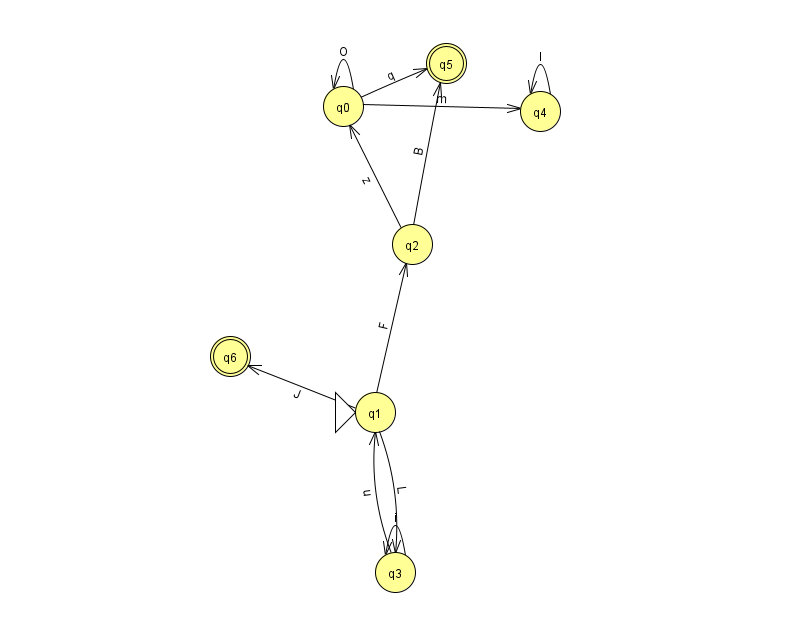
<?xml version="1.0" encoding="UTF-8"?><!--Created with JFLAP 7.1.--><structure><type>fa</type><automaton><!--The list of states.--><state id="0" name="q0"><x>343.0</x><y>93.0</y></state><state id="1" name="q1"><x>375.0</x><y>399.0</y><initial/></state><state id="2" name="q2"><x>412.0</x><y>231.0</y></state><state id="3" name="q3"><x>395.0</x><y>559.0</y></state><state id="4" name="q4"><x>540.0</x><y>98.0</y></state><state id="5" name="q5"><x>446.0</x><y>50.0</y><final/></state><state id="6" name="q6"><x>230.0</x><y>343.0</y><final/></state><!--The list of transitions.--><transition><from>1</from><to>2</to><read>F</read></transition><transition><from>2</from><to>5</to><read>B</read></transition><transition><from>3</from><to>1</to><read>u</read></transition><transition><from>2</from><to>0</to><read>z</read></transition><transition><from>3</from><to>3</to><read>i</read></transition><transition><from>1</from><to>3</to><read>L</read></transition><transition><from>0</from><to>4</to><read>m</read></transition><transition><from>4</from><to>4</to><read>l</read></transition><transition><from>0</from><to>5</to><read>q</read></transition><transition><from>1</from><to>6</to><read>J</read></transition><transition><from>0</from><to>0</to><read>O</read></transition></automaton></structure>